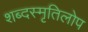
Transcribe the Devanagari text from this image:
शब्दस्मृतिलोप